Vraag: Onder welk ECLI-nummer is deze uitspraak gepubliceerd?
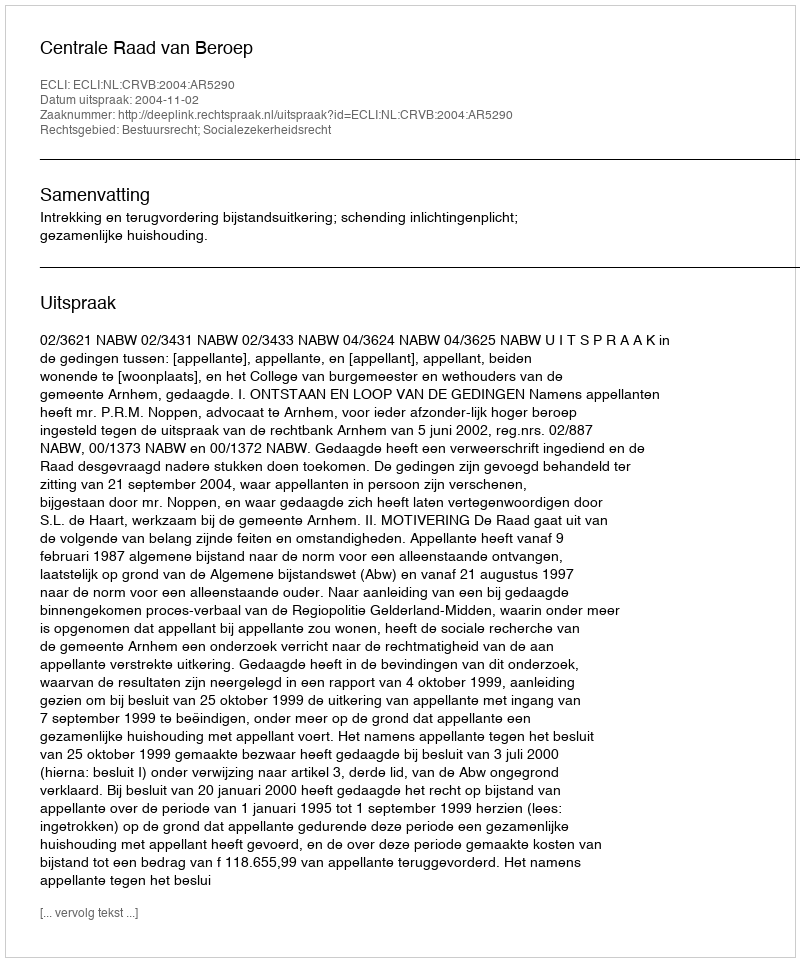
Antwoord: ECLI:NL:CRVB:2004:AR5290